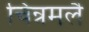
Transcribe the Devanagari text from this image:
चिन्नमलै